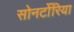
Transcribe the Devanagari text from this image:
सोनटोँरिया